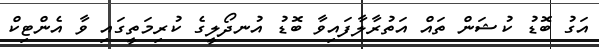
އަގު ބޮޑު ކުޝަން ތައް އަތުރާލާފައިވާ ބޮޑު އުނދޯލީގެ ކުރިމަތީގައި ވާ އެންޓިކް